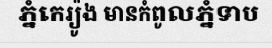
ភ្នំកេរ្យ៉ូង មានកំពូលភ្នំទាប